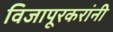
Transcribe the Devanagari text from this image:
विजापूरकरांनी